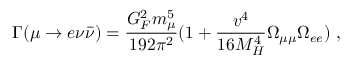
\Gamma ( \mu \rightarrow e \nu { \bar { \nu } } ) = \frac { G _ { F } ^ { 2 } m _ { \mu } ^ { 5 } } { 1 9 2 \pi ^ { 2 } } ( 1 + \frac { v ^ { 4 } } { 1 6 M _ { H } ^ { 4 } } \Omega _ { \mu \mu } \Omega _ { e e } ) \ ,